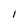
Character: I